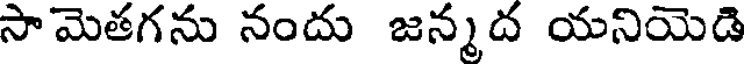
సామెతగను నందు జన్మద యనియెడి